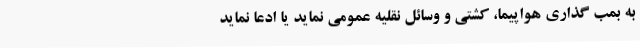
به بمب‌ گذاری هواپیما، کشتی و وسائل نقلیه عمومی نماید یا ادعا نماید